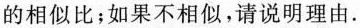
的相似比；如果不相似，请说明理由。